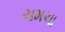
ચમચા